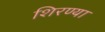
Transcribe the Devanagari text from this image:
शिरण्या